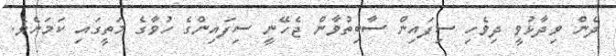
ދެން ވިދާޅުވީ ދިވެހި ސިފައިން ސާބިތުވާން ޖެހޭނީ ސިފައިންގެ ހުވާގެ މަތީގައި ކަމަށެވެ.